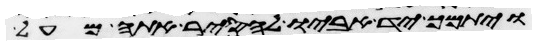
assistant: ויתמך יד אביו להסיר אתה מעל